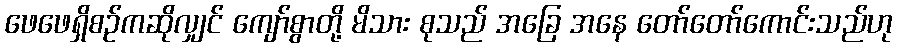
ဖေဖေရှိစဉ်ကဆိုလျှင် ကျော်စွာတို့ မိသား စုသည် အခြေ အနေ တော်တော်ကောင်းသည်ဟု